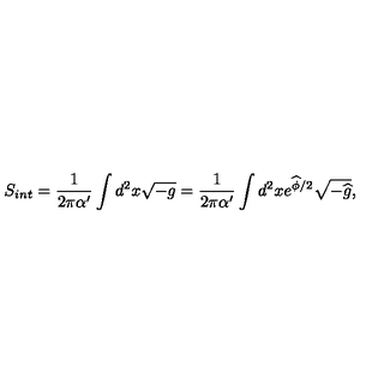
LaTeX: S _ { i n t } = \frac { 1 } { 2 \pi \alpha ^ { \prime } } \int d ^ { 2 } x \sqrt { - g } = \frac { 1 } { 2 \pi \alpha ^ { \prime } } \int d ^ { 2 } x e ^ { \widehat { \phi } / 2 } \sqrt { - \widehat { g } } ,